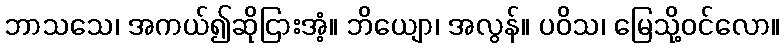
ဘာသသေ၊ အကယ်၍ဆိုငြားအံ့။ ဘိယျော၊ အလွန်။ ပဝိသ၊ မြေသို့ဝင်လော။